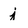
Character: j